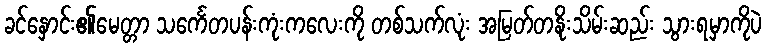
ခင်နှောင်း၏မေတ္တာ သင်္ကေတပန်းကုံးကလေးကို တစ်သက်လုံး အမြတ်တနိုးသိမ်းဆည်း သွားရမှာကိုပဲ